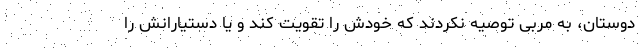
دوستان، به مربی توصیه نکردند که خودش را تقویت کند و یا دستیارانش را